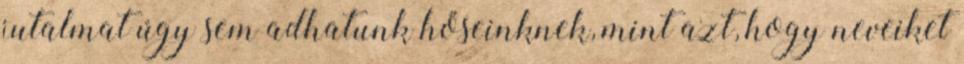
jutalmat úgy sem adhatunk hőseinknek, mint azt, hogy neveiket